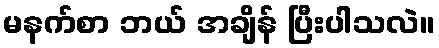
မနက်စာ ဘယ် အချိန် ပြီးပါသလဲ။